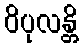
ဝိပုလန္တိ